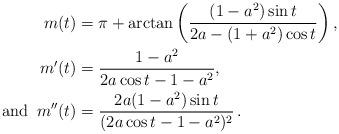
LaTeX: \begin{align*}m( t) &= \pi+\arctan\left(\frac{(1-a^2)\sin t}{2a-(1+a^2)\cos t}\right), \\m'( t) &= \frac{1-a^2}{2a \cos t -1-a^2},\\\textrm{and} \,\,\, m''( t) &= \frac{2a(1-a^2)\sin t}{(2a \cos t -1-a^2)^2}\,.\end{align*}